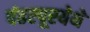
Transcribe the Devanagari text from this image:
पंढरपूरयेथे